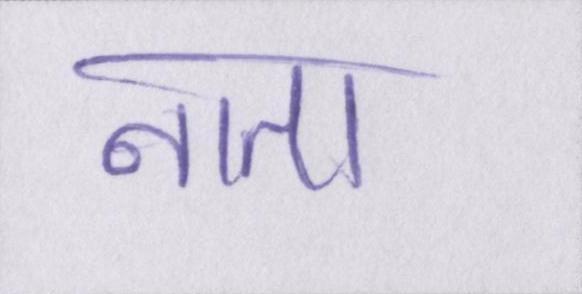
नाता